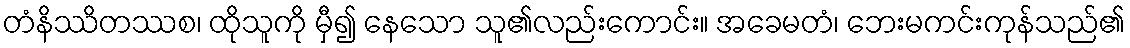
တံနိဿိတဿစ၊ ထိုသူကို မှီ၍ နေသော သူ၏လည်းကောင်း။ အခေမတံ၊ ဘေးမကင်းကုန်သည်၏